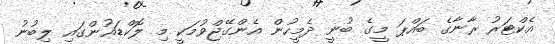
އެކްޓަރު ރާނާގެ ބައްޕަ މީގެ ބުނީ ދެމީހުން އެންގޭޖްވުމަކީ މި ލޮކްޑައުންގައި ލިބުނު